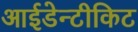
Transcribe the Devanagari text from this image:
आईडेन्टीकिट